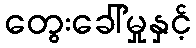
တွေးခေါ်မှုနှင့်